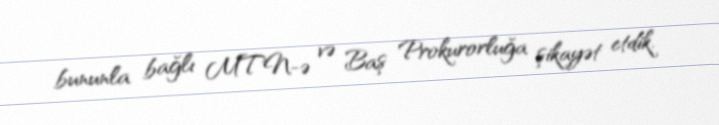
bununla bağlı MTN-ə və Baş Prokurorluğa şikayət etdik.